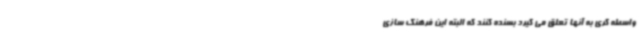
واسطه گری به آنها تعلق می گیرد بسنده کنند که البته این فرهنگ سازی